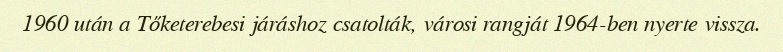
1960 után a Tőketerebesi járáshoz csatolták, városi rangját 1964-ben nyerte vissza.